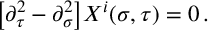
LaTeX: \bigl [ \partial _ { \tau } ^ { 2 } - \partial _ { \sigma } ^ { 2 } \bigr ] X ^ { i } ( \sigma , \tau ) = 0 \, .